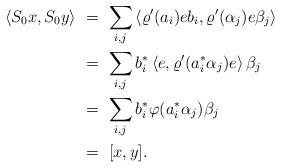
LaTeX: \begin{align*} \left< S_0 x, S_0 y \right> & \ =\ \sum_{i,j} \left<\varrho'(a_i)e b_i, \varrho'(\alpha_j)e \beta_j \right> \\ & \ =\ \sum_{i,j} b_i^*\left<e, \varrho'(a_i^*\alpha_j)e \right>\beta_j \\ & \ =\ \sum_{i,j} b_i^* \varphi(a_i^*\alpha_j) \beta_j \\ & \ =\ [x,y].\end{align*}